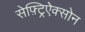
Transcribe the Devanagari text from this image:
सेफ़्ट्रिऐक्सोन